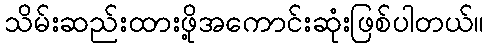
သိမ်းဆည်းထားဖို့အကောင်းဆုံးဖြစ်ပါတယ်။